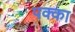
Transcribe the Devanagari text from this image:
पक्‍का